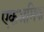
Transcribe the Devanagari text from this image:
एकश्रमिक